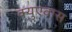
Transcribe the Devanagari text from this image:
क्युएवास